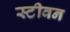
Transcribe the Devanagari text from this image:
स्‍टीवन